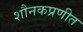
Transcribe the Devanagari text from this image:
शौनकप्रणीत